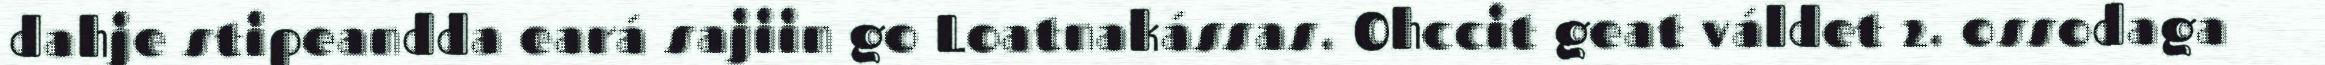
dahje stipeandda eará sajiin go Loatnakássas. Ohccit geat váldet 2. ossodaga